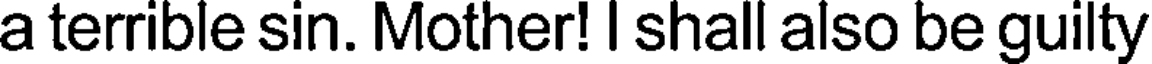
a terrible sin. Mother! I shall also be guilty